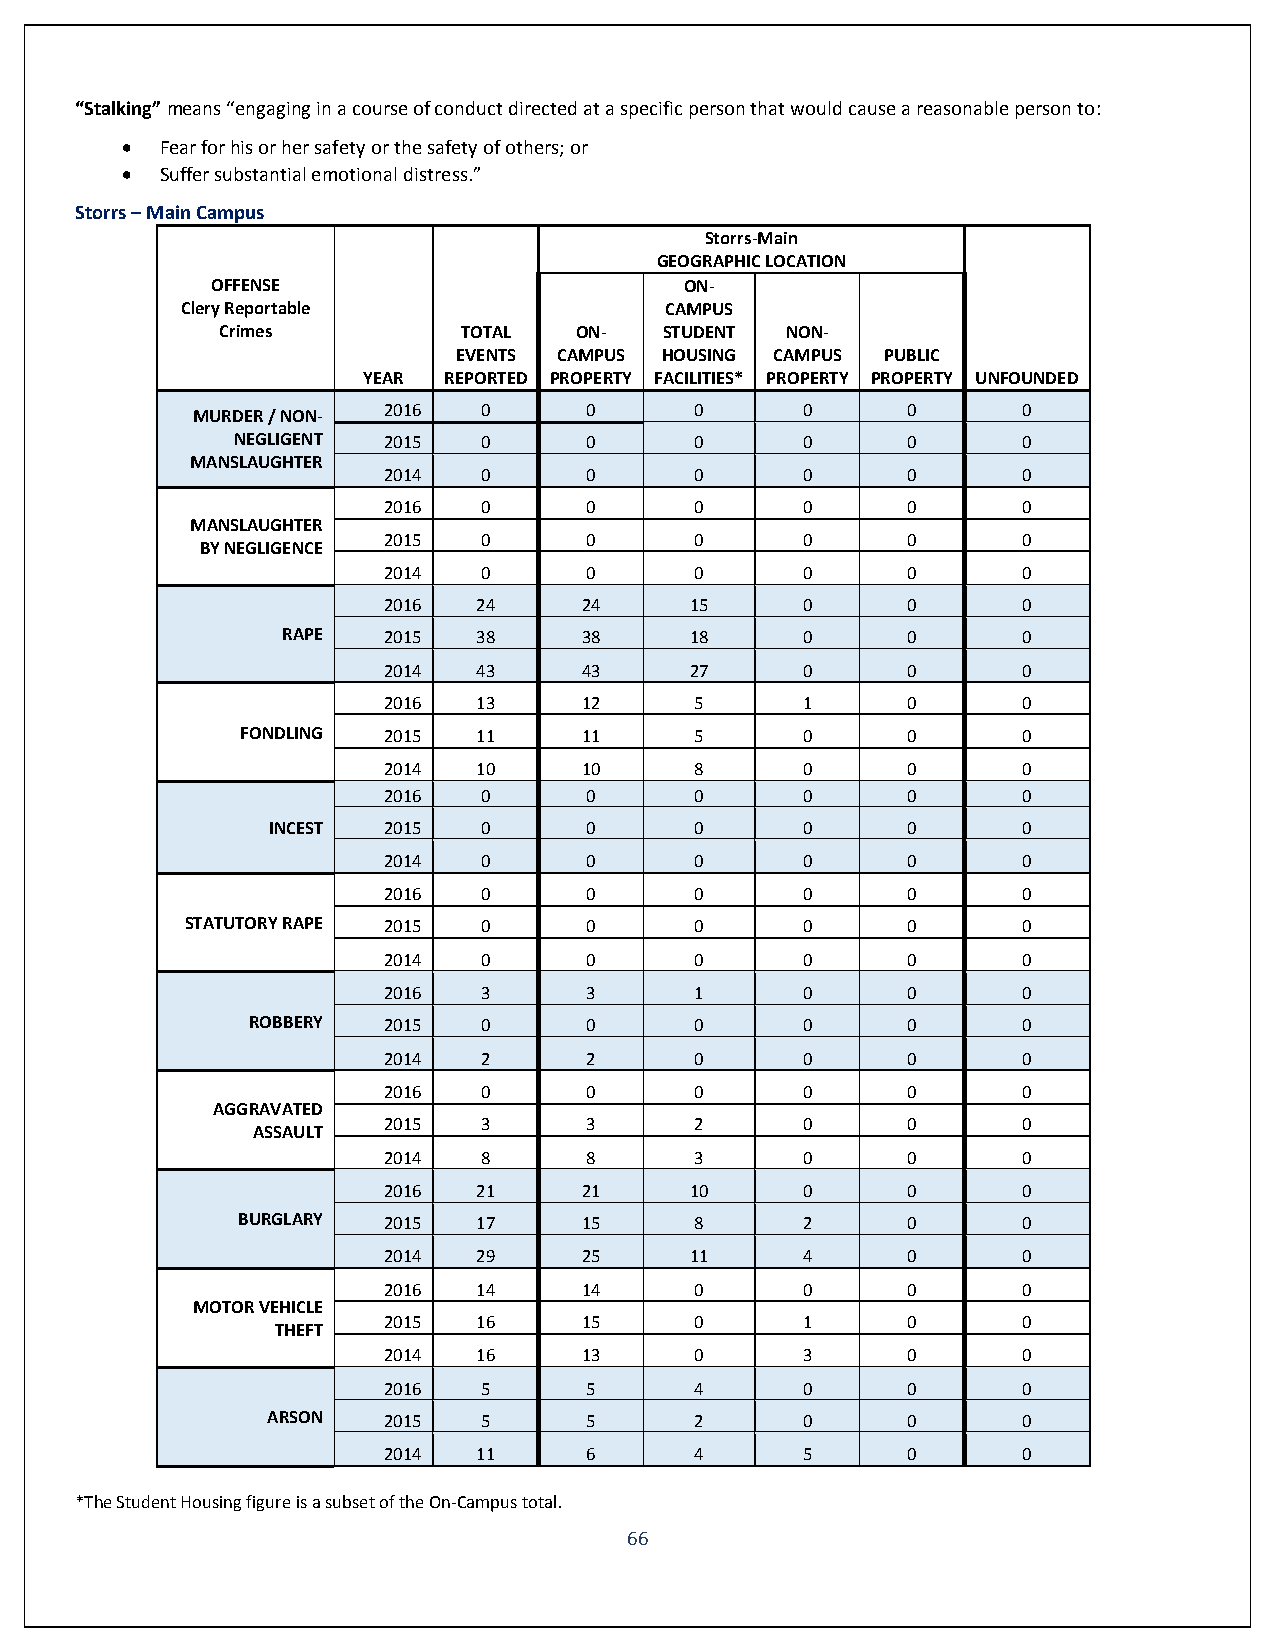
“Stalking” means “engaging in a course of conduct directed at a specific person that would cause a reasonable person to:
   Fear for his or her safety or the safety of others; or
   Suffer substantial emotional distress.”
 Storrs – Main Campus
 Storrs-Main
 GEOGRAPHIC LOCATION
 OFFENSE                        ON-
 Clery Reportable                CAMPUS
 Crimes         TOTAL   ON-   STUDENT NON-
 EVENTS CAMPUS HOUSING CAMPUS PUBLIC
 YEAR REPORTED PROPERTY FACILITIES* PROPERTY PROPERTY UNFOUNDED
 2016   0      0      0      0      0       0
 MURDER / NON-
 NEGLIGENT 2015   0      0      0      0      0       0
 MANSLAUGHTER
 2014   0      0      0      0      0       0
 2016   0      0      0      0      0       0
 MANSLAUGHTER
 2015   0      0      0      0      0       0
 BY NEGLIGENCE
 2014   0      0      0      0      0       0
 2016   24     24     15     0      0       0
 RAPE  2015   38     38     18     0      0       0
 2014   43     43     27     0      0       0
 2016   13     12     5      1      0       0
 FONDLING 2015   11     11     5      0      0       0
 2014   10     10     8      0      0       0
 2016   0      0      0      0      0       0
 INCEST 2015   0      0      0      0      0       0
 2014   0      0      0      0      0       0
 2016   0      0      0      0      0       0
 STATUTORY RAPE 2015 0      0      0      0      0       0
 2014   0      0      0      0      0       0
 2016   3      3      1      0      0       0
 ROBBERY 2015   0      0      0      0      0       0
 2014   2      2      0      0      0       0
 2016   0      0      0      0      0       0
 AGGRAVATED
 2015   3      3      2      0      0       0
 ASSAULT
 2014   8      8      3      0      0       0
 2016   21     21     10     0      0       0
 BURGLARY 2015   17     15     8      2      0       0
 2014   29     25     11     4      0       0
 2016   14     14     0      0      0       0
 MOTOR VEHICLE
 2015   16     15     0      1      0       0
 THEFT
 2014   16     13     0      3      0       0
 2016   5      5      4      0      0       0
 ARSON  2015   5      5      2      0      0       0
 2014   11     6      4      5      0       0
 *The Student Housing figure is a subset of the On-Campus total.
 66